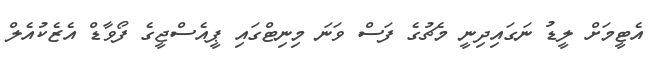
އެޓީމަށް ލީޑު ނަގައިދިނީ މެެޗުގެ ފަސް ވަނަ މިނިޓްގައި ޕީއެސްޖީގެ ފޯވާޑް އެޒެކުއެލް